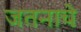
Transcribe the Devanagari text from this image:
जतनाचे